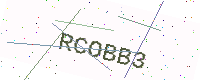
Text: RCOBB3